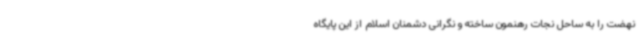
نهضت را به ساحل نجات رهنمون ساخته و نگرانی دشمنان اسلام از این پایگاه